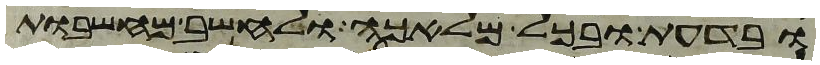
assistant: ובדעת ובכל מלאכה ולחשב מחשבות